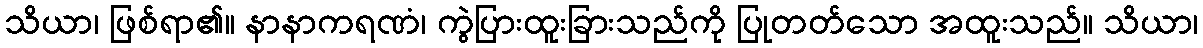
သိယာ၊ ဖြစ်ရာ၏။ နာနာကရဏံ၊ ကွဲပြားထူးခြားသည်ကို ပြုတတ်သော အထူးသည်။ သိယာ၊